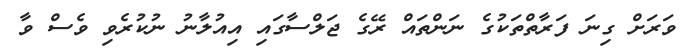
ވަރަށް ގިނަ ފަރާތްތަކުގެ ނަންތައް ރޭގެ ޖަލްސާގައި އިއުލާނު ނުކުރެވި ވެސް ވާ